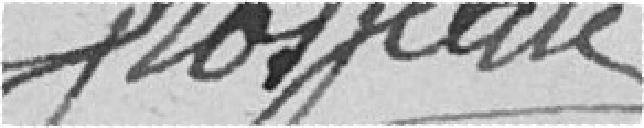
Grosjean